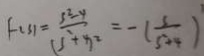
F _ { ( s ) } = \frac { s ^ { 2 } - y } { ( s ^ { 2 } + x ^ { 2 } } = - ( \frac { s } { s ^ { 2 } + 4 } ) ^ { 2 }